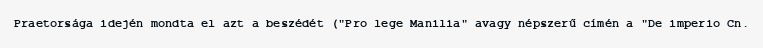
Praetorsága idején mondta el azt a beszédét ("Pro lege Manilia" avagy népszerű címén a "De imperio Cn.